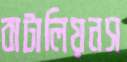
বাটালিয়নস